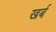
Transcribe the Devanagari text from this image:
खर्ब